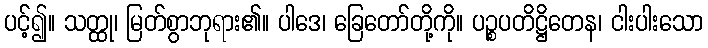
ပင့်၍။ သတ္ထု၊ မြတ်စွာဘုရား၏။ ပါဒေ၊ ခြေတော်တို့ကို။ ပဉ္စပတိဋ္ဌိတေန၊ ငါးပါးသော